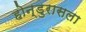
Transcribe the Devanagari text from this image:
होन्डुरासला